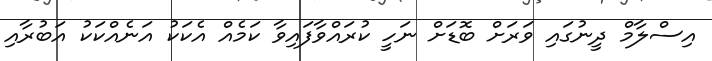
އިސްލާމް ދީނުގައި ވަރަށް ބޮޑަށް ނަހީ ކުރައްވާފައިވާ ކަމެއް އެކަކު އަނެއްކަކު އަބުރާއި